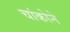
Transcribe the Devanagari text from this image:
चांकोने